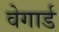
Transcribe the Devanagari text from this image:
वेगार्ड